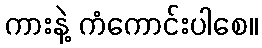
ကားနဲ့ ကံကောင်းပါစေ။